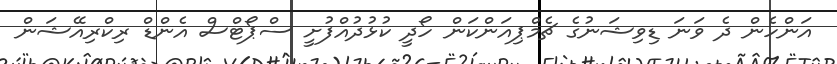
އަންހެން ދެ ވަނަ ޑިވިޝަނުގެ ޗެމްޕިއަންކަން ހޯދީ ކުޅުދުއްފުށީ ސްޕޯޓްސް އެންޑް ރިކްރިއޭޝަން